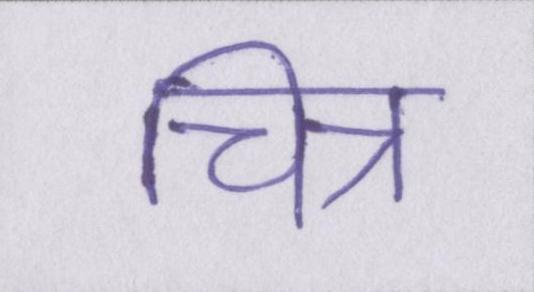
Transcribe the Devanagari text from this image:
चित्र